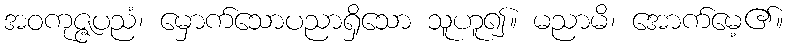
အဝကုဇ္ဇပညံ၊ မှောက်သောပညာရှိသော သူဟူ၍။ မညာမိ၊ အောက်မေ့၏။